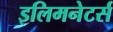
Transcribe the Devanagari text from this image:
इलिमनेटर्स